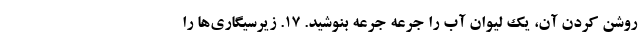
روشن کردن آن، یک لیوان آب را جرعه جرعه بنوشید. ۱۷. زیرسیگاری‌ها را